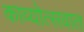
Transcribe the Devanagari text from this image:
काव्योत्सवात